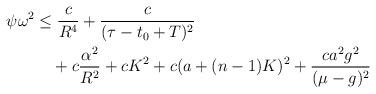
LaTeX: \begin{align*}\begin{aligned}\psi \omega^2&\leq \frac{c}{R^4}+\frac{c}{(\tau-t_0+T)^2}\\&\,\,\,\,\,\, +c\frac{\alpha^2}{R^2}+cK^2+c(a+(n-1)K)^2+\frac{ca^2g^2}{(\mu-g)^2}\end{aligned}\end{align*}